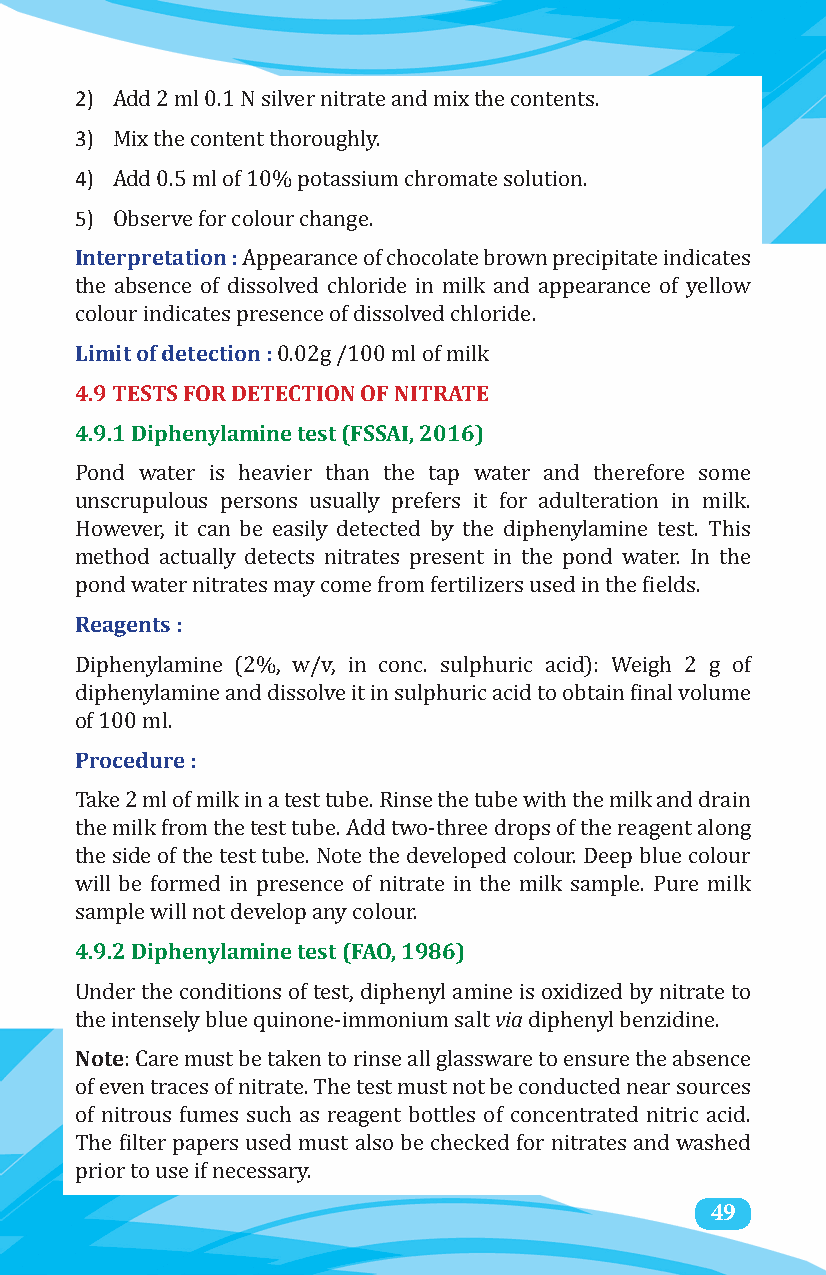
2)
 3)
 Add 2 ml 0.1 N silver nitrate and mix the contents.
 4)
 Mix the content thoroughly.
 5)
 Add 0.5 ml of 10% potassium chromate solution.
 Interpretation :
 Observe for colour change.
 Appearance of chocolate brown precipitate indicates
 the absence of dissolved chloride in milk and appearance of yellow
 Limit of detection :
 colour indicates presence of dissolved chloride.
 4.9 TESTS FOR DETECTION OF NITRATE
 0.02g /100 ml of milk
 4.9.1 Diphenylamine test (FSSAI, 2016)
 Pond water is heavier than the tap water and therefore some
 unscrupulous persons usually prefers it for adulteration in milk.
 However, it can be easily detected by the diphenylamine test. This
 method actually detects nitrates present in the pond water. In the
 Reagents :
 pond water nitrates may come from fertilizers used in the fields.
 Diphenylamine (2%, w/v, in conc. sulphuric acid): Weigh 2 g of
 diphenylamine and dissolve it in sulphuric acid to obtain final volume
 Procedure :
 of 100 ml.
 Take 2 ml of milk in a test tube. Rinse the tube with the milk and drain
 the milk from the test tube. Add two-three drops of the reagent along
 the side of the test tube. Note the developed colour. Deep blue colour
 will be formed in presence of nitrate in the milk sample. Pure milk
 4.9.2 Diphenylamine test (FAO, 1986)
 sample will not develop any colour.
 via
 Under the conditions of test, diphenyl amine is oxidized by nitrate to
 Note
 the intensely blue quinone-immonium salt diphenyl benzidine.
 : Care must be taken to rinse all glassware to ensure the absence
 of even traces of nitrate. The test must not be conducted near sources
 of nitrous fumes such as reagent bottles of concentrated nitric acid.
 The filter papers used must also be checked for nitrates and washed
 49
 prior to use if necessary.